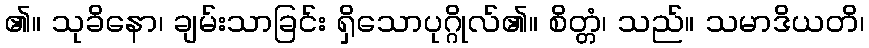
၏။ သုခိနော၊ ချမ်းသာခြင်း ရှိသောပုဂ္ဂိုလ်၏။ စိတ္တံ၊ သည်။ သမာဒိယတိ၊